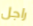
راجل